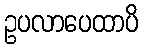
ဥပလာပေထာပိ